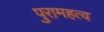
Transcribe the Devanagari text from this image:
पुरामहत्व